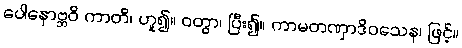
ပေါနောဗ္ဘဝိ ကာတိ၊ ဟူ၍။ ဝတွာ၊ ပြီး၍။ ကာမတဏှာဒိဝသေန၊ ဖြင့်။